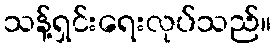
သန့်ရှင်းရေးလုပ်သည်။